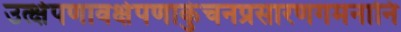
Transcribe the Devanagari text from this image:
उत्क्षेपणावक्षेपणाकुंचनप्रसारणगमनानि